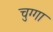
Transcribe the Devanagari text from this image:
चुग्गा